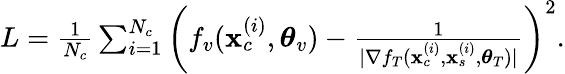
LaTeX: \begin{array}{r}{L=\frac{1}{N_{c}}\sum_{i=1}^{N_{c}}\left(f_{v}(\mathbf{x}_{c}^{(i)},\boldsymbol{\theta}_{v})-\frac{1}{|\nabla f_{T}(\mathbf{x}_{c}^{(i)},\mathbf{x}_{s}^{(i)},\boldsymbol{\theta}_{T})|}\right)^{2}.}\end{array}